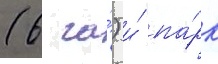
(6 га́) и́ па́рк